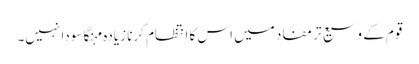
قوم کے وسیع تر مفاد میں اس کا انتظام کرنا زیادہ مہنگا سودا نہیں۔